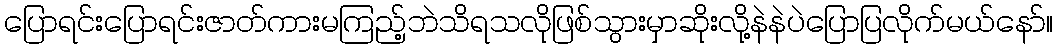
ပြောရင်းပြောရင်းဇာတ်ကားမကြည့်ဘဲသိရသလိုဖြစ်သွားမှာဆိုးလို့နဲနဲပဲပြောပြလိုက်မယ်နော်။